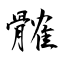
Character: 髉